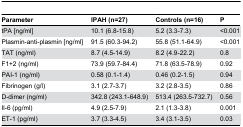
| Parameter | IPAH (n=27) | Controls (n=16) | P |
 | --- | --- | --- | --- |
 | tPA [ng/ml] | 10.1 (6.8-15.8) | 5.2 (3.3-7.3) | <0.001 |
 | Plasmin-anti-plasmin [ng/ml] | 91.5 (60.3-94.2) | 55.8 (51.1-64.9) | <0.001 |
 | TAT (ng/ml) | 8.7 (4.5-14.9) | 8.2 (4.9-22.2) | 0.8 |
 | F1+2 (ng/ml) | 73.9 (59.7-84.4) | 71.8 (63.5-78.9) | 0.92 |
 | PAI-1 (ng/ml) | 0.58 (0.1-1.4) | 0.46 (0.2-1.5) | 0.94 |
 | Fibrinogen (g/l) | 3.1 (2.7-3.7) | 3.2 (2.8-3.5) | 0.86 |
 | D-dimer (ng/ml) | 342.8 (243.1-648.9) | 513.4 (263.5-732.7) | 0.56 |
 | Il-6 (pg/ml) | 4.9 (2.5-7.9) | 2.1 (1.3-3.8) | 0.001 |
 | ET-1 (pg/ml) | 3.7 (3.3-4.5) | 3.4 (3.1-3.5) | 0.03 |